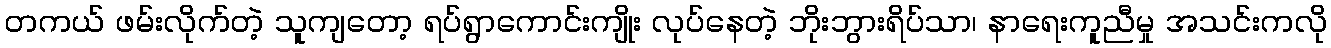
တကယ် ဖမ်းလိုက်တဲ့ သူကျတော့ ရပ်ရွာကောင်းကျိုး လုပ်နေတဲ့ ဘိုးဘွားရိပ်သာ၊ နာရေးကူညီမှု အသင်းကလို